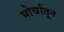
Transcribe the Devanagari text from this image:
मोर्चातून